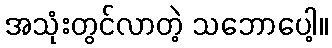
အသုံးတွင်လာတဲ့ သဘောပေါ့။